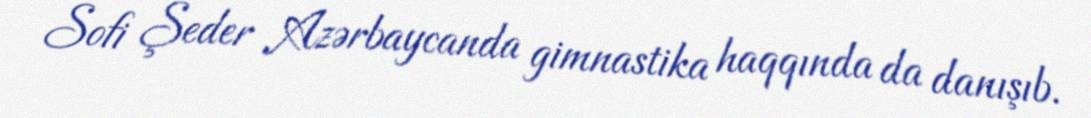
Sofi Şeder Azərbaycanda gimnastika haqqında da danışıb.